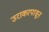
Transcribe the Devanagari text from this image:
उराकापासून